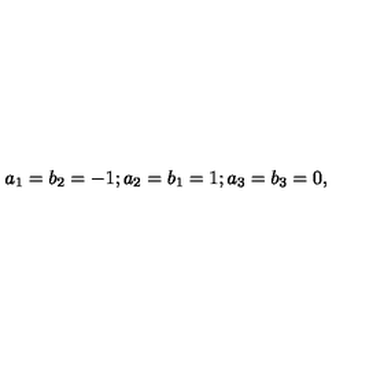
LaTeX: a _ { 1 } = b _ { 2 } = - 1 ; a _ { 2 } = b _ { 1 } = 1 ; a _ { 3 } = b _ { 3 } = 0 ,